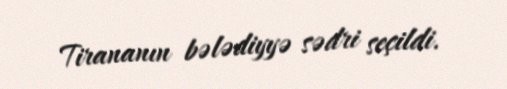
Tirananın bələdiyyə sədri seçildi.